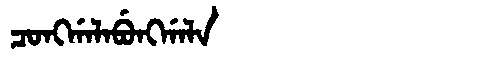
Manchu: ᠴᠣᠩᡤᠠᠯᠠᠪᡠᠩᡤᠠᠯᠠ
Romanization: CONGGALABUNGGALA